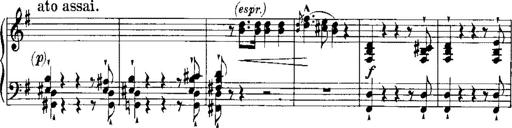
Title: RÃ©miniscences de Norma de Bellini
Composer: Franz Liszt